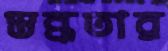
স্তব্ধতার